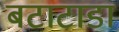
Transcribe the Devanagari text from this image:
बटाटाडा